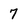
Character: 7